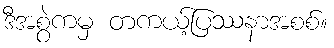
ဒီအစွဲကမှ တကယ့်ပြဿနာအစစ်။